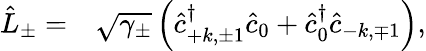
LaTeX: \begin{array}{rl}{\hat{L}_{\pm}=}&{{}\sqrt{\gamma_{\pm}}\left(\hat{c}_{+k,\pm 1}^{\dagger}\hat{c}_{0}+\hat{c}_{0}^{\dagger}\hat{c}_{-k,\mp 1}\right),}\end{array}